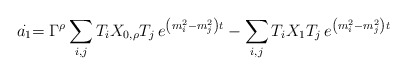
\begin{align*}\stackrel{.}{a_{1}}=\Gamma ^{\rho }\sum_{i,j}T_{i}X_{0,\rho}T_{j}\,e^{\left( m_{i}^{2}-m_{j}^{2}\right)t}-\sum_{i,j}T_{i}X_{1}T_{j}\,e^{\left( m_{i}^{2}-m_{j}^{2}\right) t}\end{align*}